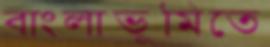
বাংলাভূমিতে